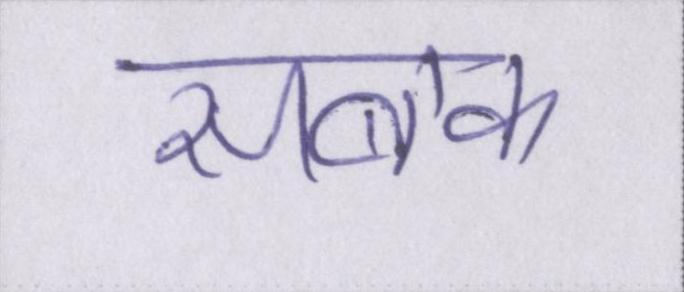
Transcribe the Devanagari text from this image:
सबक